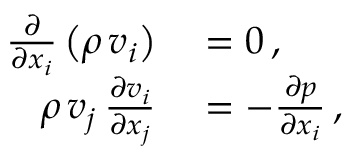
\begin{array} { r l } { { \frac { \partial } { \partial x _ { i } } } \left( \rho \, v _ { i } \right) } & { { } = 0 \, , } \\ { \rho \, v _ { j } \, { \frac { \partial v _ { i } } { \partial x _ { j } } } } & { { } = - { \frac { \partial p } { \partial x _ { i } } } \, , } \end{array}